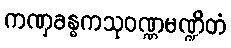
ကဏှခန္ဓကသုဝဏ္ဏမဏ္ဍိတံ